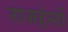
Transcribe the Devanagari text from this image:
राजहंसों